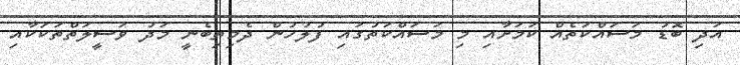
އަދި ބޮޑު މަސައްކަތެއް ކަމަށާއި މި މަސައްކަތުގައި ފުލުހުން ދެމިތިބެނީ މަދު ވަސީލަތްތަކަކާއި